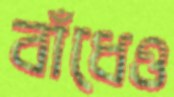
বাঁধেও